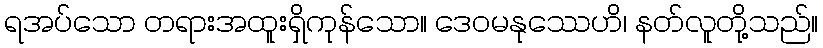
ရအပ်သော တရားအထူးရှိကုန်သော။ ဒေဝမနုဿေဟိ၊ နတ်လူတို့သည်။